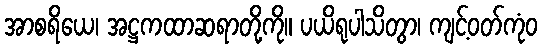
အာစရိယေ၊ အဋ္ဌကထာဆရာတို့ကို။ ပယိရုပါသိတွာ၊ ကျင့်ဝတ်ကုံဝ